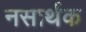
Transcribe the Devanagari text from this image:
नसार्थक